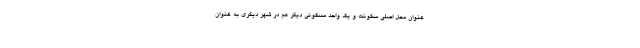
عنوان محل اصلی سکونت و یک واحد مسکونی دیگر هم در شهر دیگری به عنوان